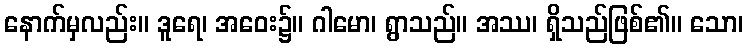
နောက်မှလည်း။ ဒူရေ၊ အဝေး၌။ ဂါမော၊ ရွာသည်။ အဿ၊ ရှိသည်ဖြစ်၏။ သော၊